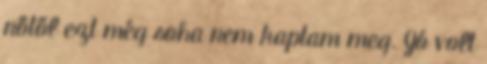
nőtől ezt még soha nem kaptam meg. Jó volt